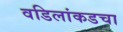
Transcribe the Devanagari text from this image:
वडिलांकडचा